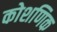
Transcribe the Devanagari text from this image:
कोशणिक